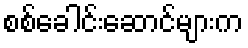
စစ်ခေါင်းဆောင်များက